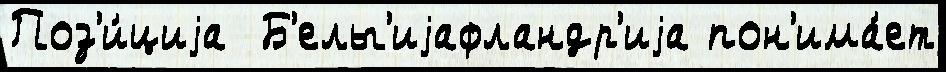
Поз'и́циjа  Б'ельг'иjафландр'иjа пон'има́ет